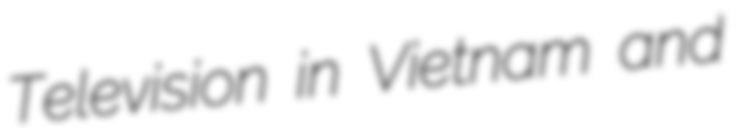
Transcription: Television in Vietnam and